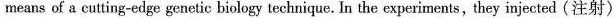
means of a cutting-edge genetic biology technique. In the experiments,they injected (注射)